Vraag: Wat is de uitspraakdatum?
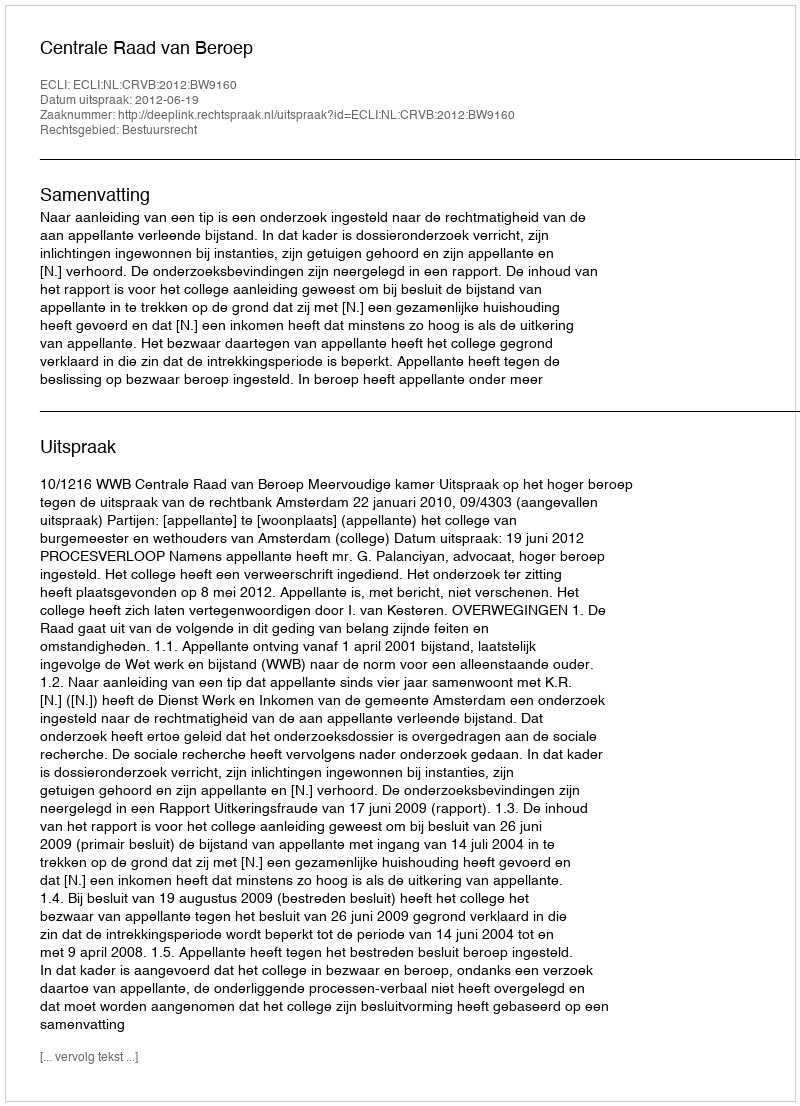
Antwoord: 2012-06-19